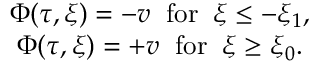
\begin{array} { c } { { \Phi ( \tau , \xi ) = - v \; \; \mathrm { f o r } \; \; \xi \leq - \xi _ { 1 } , } } \\ { { \Phi ( \tau , \xi ) = + v \; \; \mathrm { f o r } \; \; \xi \geq \xi _ { 0 } . } } \end{array}